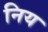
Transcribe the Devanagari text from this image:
निय